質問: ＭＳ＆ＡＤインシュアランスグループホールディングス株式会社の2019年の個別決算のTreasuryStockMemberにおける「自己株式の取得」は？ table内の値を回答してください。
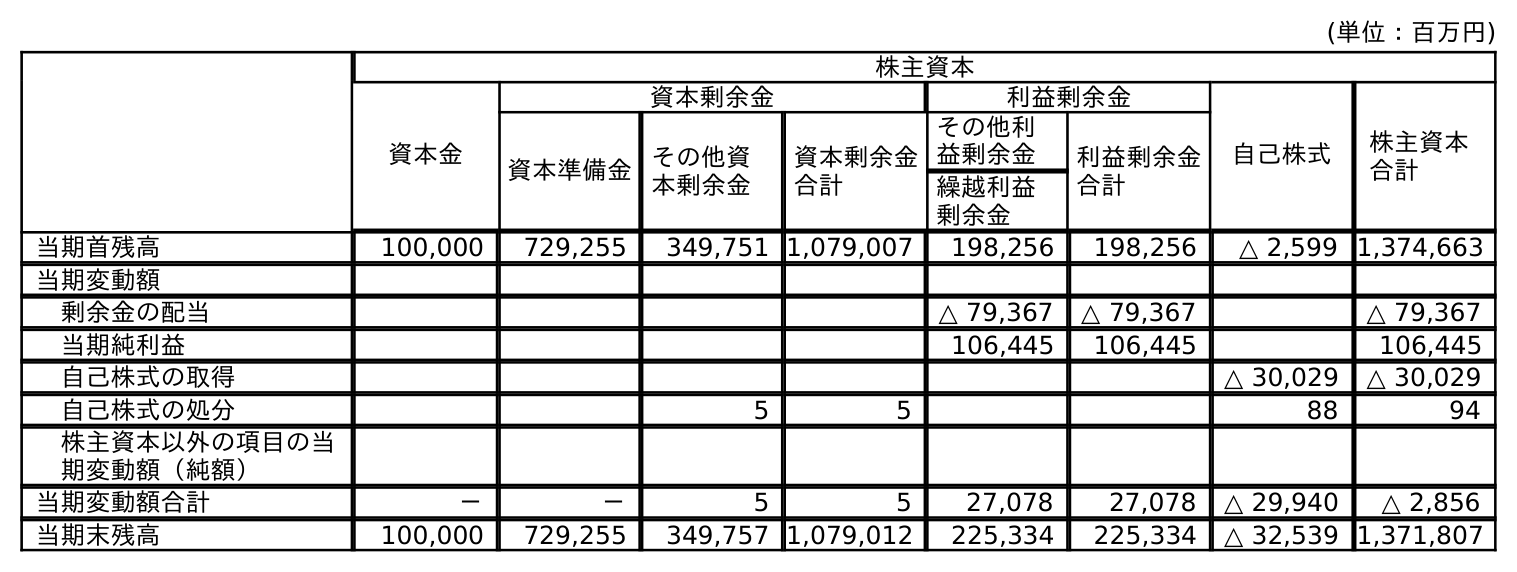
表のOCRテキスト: (単位：百万円) 株主資本 資本金 資本剰余金 利益剰余金 自己株式 株主資本 合計 資本準備金その他資 本剰余金 資本剰余金 合計 その他利 益剰余金 利益剰余金 合計 繰越利益 剰余金 当期首残高 100,000 729,255 349,751 1,079,007 198,256 198,256 △ 2,599 1,374,663 当期変動額 剰余金の配当 △ 79,367 △ 79,367 △ 79,367 当期純利益 106,445 106,445 106,445 自己株式の取得 △ 30,029 △ 30,029 自己株式の処分 5 5 88 94 株主資本以外の項目の当 期変動額（純額） 当期変動額合計 － － 5 5 27,078 27,078 △ 29,940 △ 2,856 当期末残高 100,000 729,255 349,757 1,079,012 225,334 225,334 △ 32,539 1,371,807
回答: △30,029